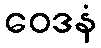
ဝေဒနံ